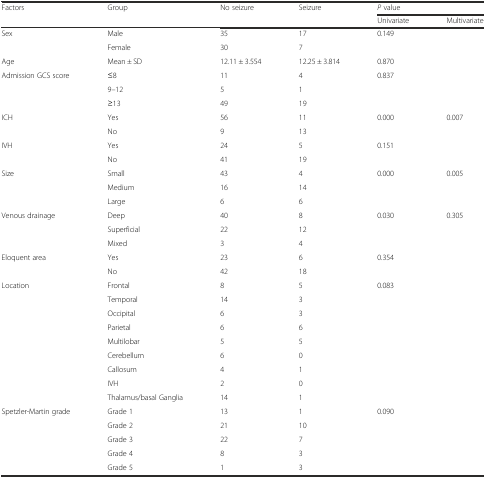
| <ROWSPAN=2> Factors | <ROWSPAN=2> Group | <ROWSPAN=2> No seizure | <ROWSPAN=2> Seizure | <COLSPAN=2> P value |
 | Univariate | Multivariate |
 | --- | --- | --- | --- | --- | --- |
 | <ROWSPAN=2> Sex | Male | 35 | 17 | <ROWSPAN=2> 0.149 | <ROWSPAN=2>  |
 | Female | 30 | 7 |
 | Age | Mean ± SD | 12.11 ± 3.554 | 12.25 ± 3.814 | 0.870 |  |
 | <ROWSPAN=3> Admission GCS score | ≤8 | 11 | 4 | <ROWSPAN=3> 0.837 | <ROWSPAN=3>  |
 | 9–12 | 5 | 1 |
 | ≥13 | 49 | 19 |
 | <ROWSPAN=2> ICH | Yes | 56 | 11 | <ROWSPAN=2> 0.000 | <ROWSPAN=2> 0.007 |
 | No | 9 | 13 |
 | <ROWSPAN=2> IVH | Yes | 24 | 5 | <ROWSPAN=2> 0.151 | <ROWSPAN=2>  |
 | No | 41 | 19 |
 | <ROWSPAN=3> Size | Small | 43 | 4 | <ROWSPAN=3> 0.000 | <ROWSPAN=3> 0.005 |
 | Medium | 16 | 14 |
 | Large | 6 | 6 |
 | <ROWSPAN=3> Venous drainage | Deep | 40 | 8 | <ROWSPAN=3> 0.030 | <ROWSPAN=3> 0.305 |
 | Superficial | 22 | 12 |
 | Mixed | 3 | 4 |
 | <ROWSPAN=2> Eloquent area | Yes | 23 | 6 | <ROWSPAN=2> 0.354 | <ROWSPAN=2>  |
 | No | 42 | 18 |
 | <ROWSPAN=9> Location | Frontal | 8 | 5 | <ROWSPAN=9> 0.083 | <ROWSPAN=9>  |
 | Temporal | 14 | 3 |
 | Occipital | 6 | 3 |
 | Parietal | 6 | 6 |
 | Multilobar | 5 | 5 |
 | Cerebellum | 6 | 0 |
 | Callosum | 4 | 1 |
 | IVH | 2 | 0 |
 | Thalamus/basal Ganglia | 14 | 1 |
 | <ROWSPAN=5> Spetzler-Martin grade | Grade 1 | 13 | 1 | <ROWSPAN=5> 0.090 | <ROWSPAN=5>  |
 | Grade 2 | 21 | 10 |
 | Grade 3 | 22 | 7 |
 | Grade 4 | 8 | 3 |
 | Grade 5 | 1 | 3 |